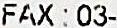
FAX : 03-